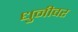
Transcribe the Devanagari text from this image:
धुनीवर